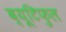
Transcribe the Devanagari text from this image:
ब्यूटिफुल